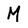
Character: M